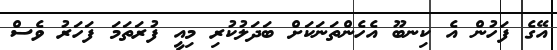
އޭގެ ފަހުން އެ ކިނބޫ އެހެންތަނަކަށް ބަދަލުކުރި މިއީ ފުރަތަމަ ފަހަރު ވެސް